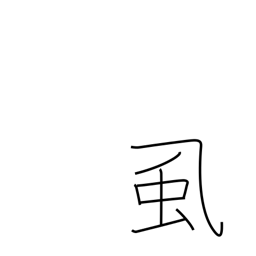
Meaning: lice